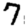
Digit: 7